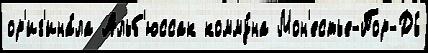
ор'иг'ина́ла Альб'юссак комму́на Мон'естье-Пор-Дь́